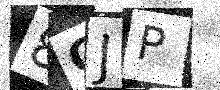
Text: 8OJP